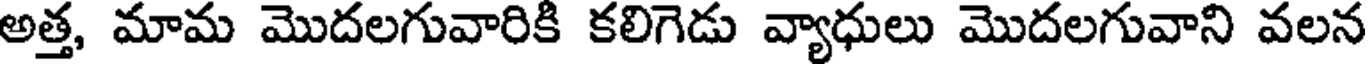
అత్త, మామ మొదలగువారికి కలిగెడు వ్యాధులు మొదలగువాని వలన